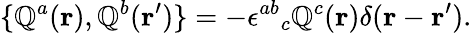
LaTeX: \{ \mathbb{Q}^{a}({\mathbf{r}}),\mathbb{Q}^{b}({\mathbf{r}^{\prime}})\} =-{\epsilon^{ab}}_{c}\mathbb{Q}^{c}({\mathbf{r}})\delta({\mathbf{r}}-{\mathbf{r}^{\prime}}).